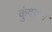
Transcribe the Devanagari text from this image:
कुंदग्राम